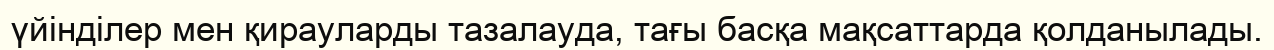
үйінділер мен қирауларды тазалауда, тағы басқа мақсаттарда қолданылады.